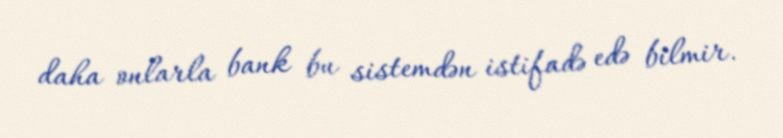
daha onlarla bank bu sistemdən istifadə edə bilmir.